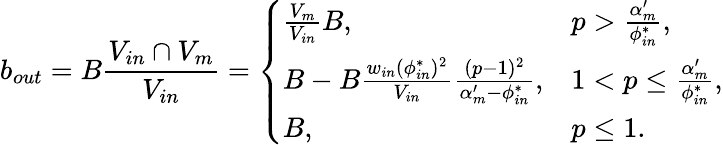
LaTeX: b_{out}=B\frac{V_{in}\cap V_{m}}{V_{in}}=\left\{ \begin{array}{ll}{\frac{V_{m}}{V_{in}}B,}&{p>\frac{\alpha_{m}^{\prime}}{\phi_{in}^{*}},}\\ {B-B\frac{w_{in}(\phi_{in}^{*})^{2}}{V_{in}}\frac{(p-1)^{2}}{\alpha_{m}^{\prime}-\phi_{in}^{*}},}&{1<p\le\frac{\alpha_{m}^{\prime}}{\phi_{in}^{*}},}\\ {B,}&{p\le 1.}\end{array}\right.